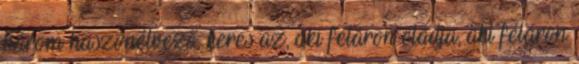
három haszonélvező. keres az, aki féláron eladja, aki féláron